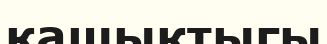
қашыктыгы